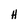
Character: H